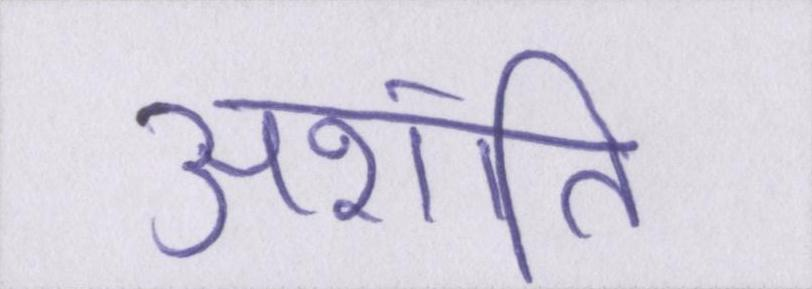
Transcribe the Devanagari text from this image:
अशांति